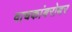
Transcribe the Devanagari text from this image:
वाचकांबरोबर